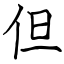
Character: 但